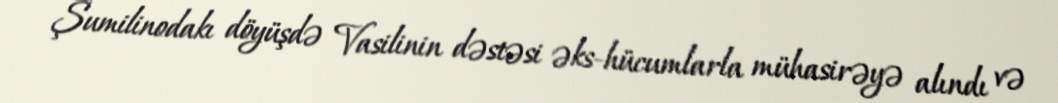
Şumilinodakı döyüşdə Vasilinin dəstəsi əks-hücumlarla mühasirəyə alındı və